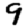
Digit: 9